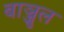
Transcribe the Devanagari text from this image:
बाञ्जुल